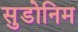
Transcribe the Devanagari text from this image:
सुडोनिम